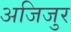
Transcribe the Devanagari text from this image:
अजिजुर